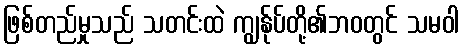
ဖြစ်တည်မှုသည် သတင်းထဲ ကျွန်ုပ်တို့၏ဘဝတွင် သမဝါ